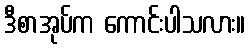
ဒီစာအုပ်က ကောင်းပါသလား။